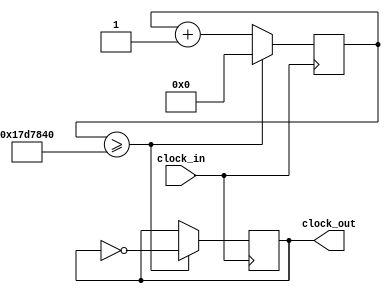
module generator(clock_in,clock_out);
	input clock_in;
	output reg clock_out=0;
	reg[25:0] count = 0;
	//clock_out = 0;
	always@(posedge clock_in)
	begin
		if(count >= 25000000)
			begin	
			count<=0;
			clock_out <= ~clock_out;
			end
		else
			count <= count+1'b1;
	end
endmodule 
//
//module lab4(CLOCK_50,LEDR);
//	output[1:0] LEDR;
//	input CLOCK_50;
//	generator g1(CLOCK_50,LEDR[0]);
//endmodule